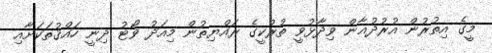
މީގެ އިތުރުން އުރުދުޣާން ވިދާޅުވީ ތުރުކީގެ ރައްޔިތުން މިއަދު ވޯޓު ދިނީ ހައްޤުތަކަށާއި